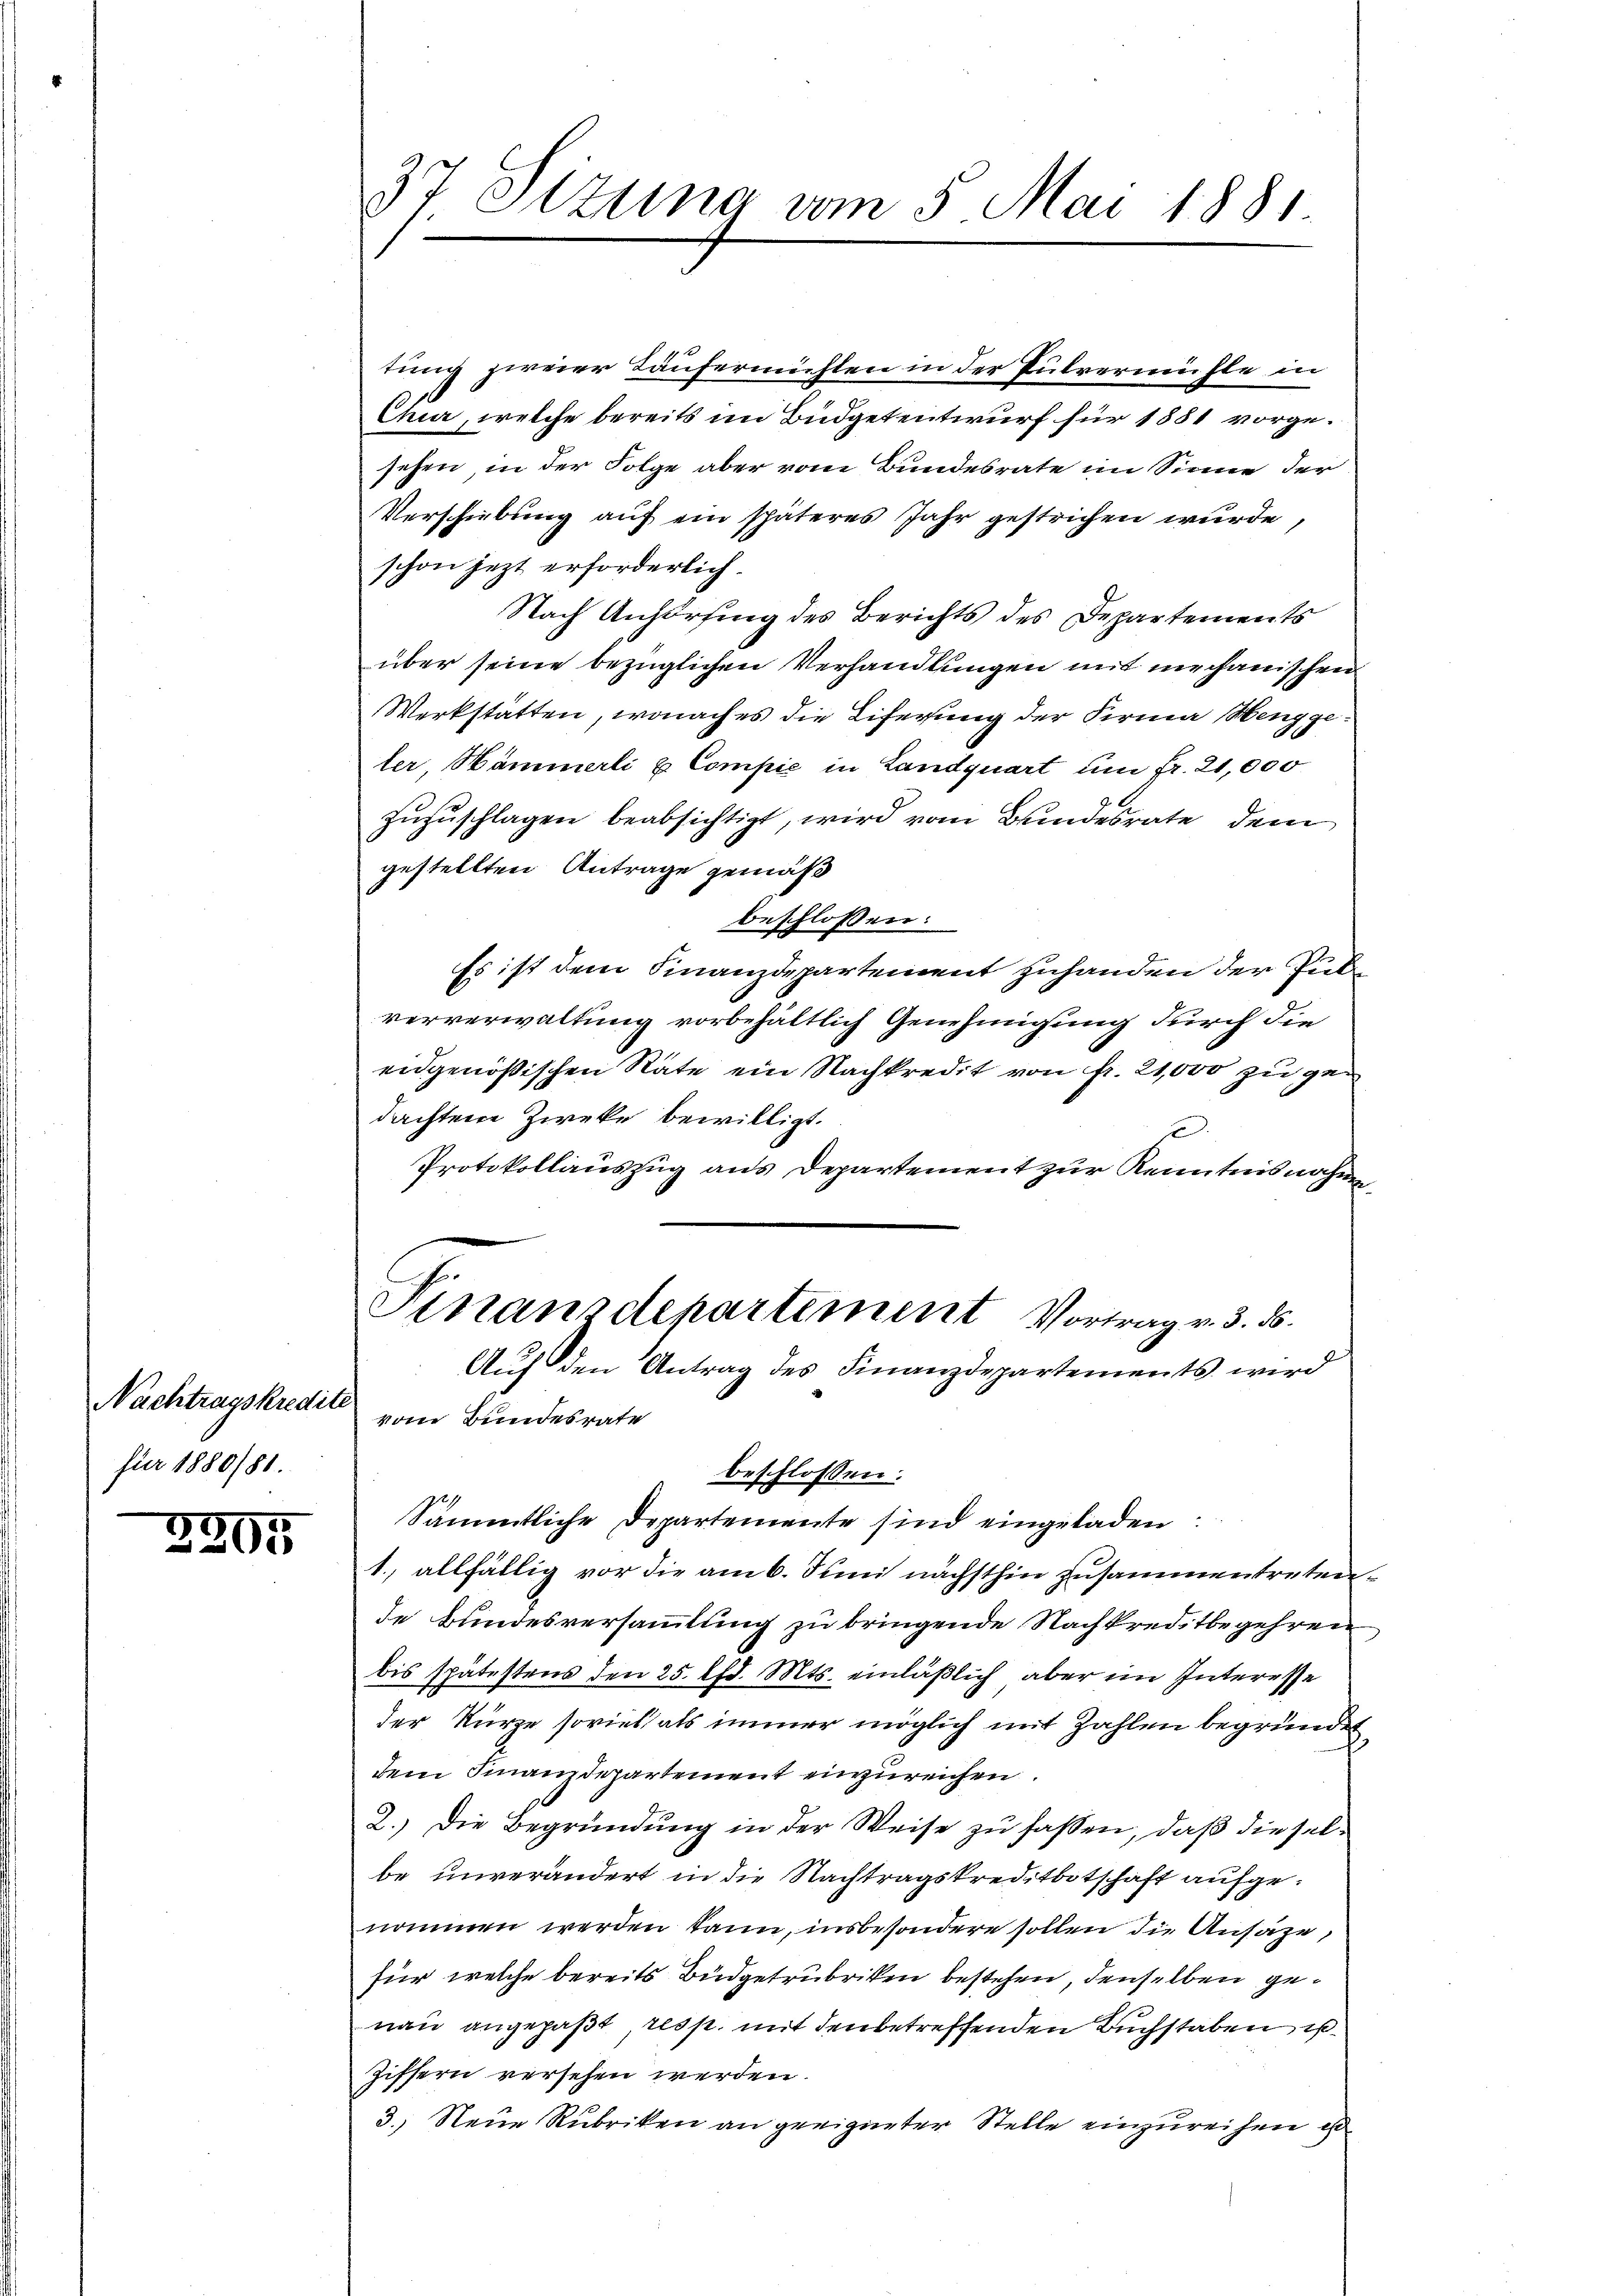
Nachtragskredite
für 1880/88.

3995

tung zweier Läufermühlen in der Pulvermühle in
Chur, welche bereits im Büdgetentwurf für 1881 vorgesehen, in der Folge aber vom Bundesrate im Sinne der
Verschiebung auf ein späteres Jahr gestrichen wurde,
schon jezt erforderlich.
Nach Anhörsing des Berichts des Departements
über seine bezüglichen Verhandlungen mit mechanischen
Werkstatten, wonach es die Liferung der Firma Henggeler Hämmerli & Compić in Landquart um fr. 21,000
zuzuschlagen beabsichtigt, wird vom Bundesrate dem
gestellten Antrage gemäß
beschlossen:
Es ist dem Finanzdepartement zuhanden der Pubververwaltung vorbehältlich Genehmigung durch die
eidgenößischen Räte ein Nachkredit von fr. 21,000 zu gedachtene Zieke bewilligt.
s
Protokollauszug aus Departement zur Kenntnisnahm
z
Stnanzdepartement Vortrag v. 3. ds.
Aŭf den Antrag des Finanzdepartements wird
vom Bundesrate
beschlossen:
Sämmtliche Departemente sind eingeladen
1., allfällig vor die am 6. Juni nächsthin zusammentretende Bundesversammlung zu bringende Nachkreditbegehren
bis spätestens den 25. lfd. Mts. einläßlich aber im Interesse
der Kürze soviel als immer möglich mit Zahlen begründet,
h
dem Finanzdepartement einzureichen.
2.) Die Begründung in der Weise zu fassen, daß dieselbe unverändert in die Nachtragskreditbotschaft aufgenommen werden kann, insbesondere sollen die Ansähe,
für welche bereits Büdgetrubriken bestehen, denselben genau angepaßt resp. mit den betreffenden Buchstaben is
Ziffern versehen werden.
3.) Neue Rubriken an geeigneter Stelle einzureihen ist

37 Stzung vom 5. Mai 1881.